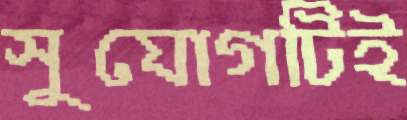
সুযোগটিই